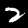
Digit: 2